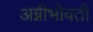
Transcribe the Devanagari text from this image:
अग्नीभोवती